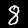
Digit: 8